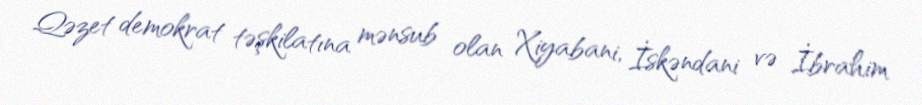
Qəzet demokrat təşkilatına mənsub olan Xiyabani, İskəndani və İbrahim